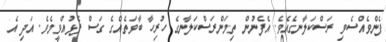
ފެންވެއްސެވި ރަސްކަލާނގެއެވެ. އެފެނުން ތިމަންރަސްކަލާނގެ ހުރިހާ ބާވަތެއްގެ ގަސް ފެޅުއްވީމެވެ. އަދި އެ